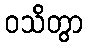
ဝသိတွာ